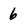
Character: 6